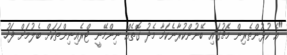
"އެ ކުޅުންތެރިން މެޗުގައި ބޭނުންކުރާނެކަމާ މެދު ގޮތެއް ނިންމޭނީ ޓްރެއިނިންތަކަށް ބެލުމަށް ފަހު.